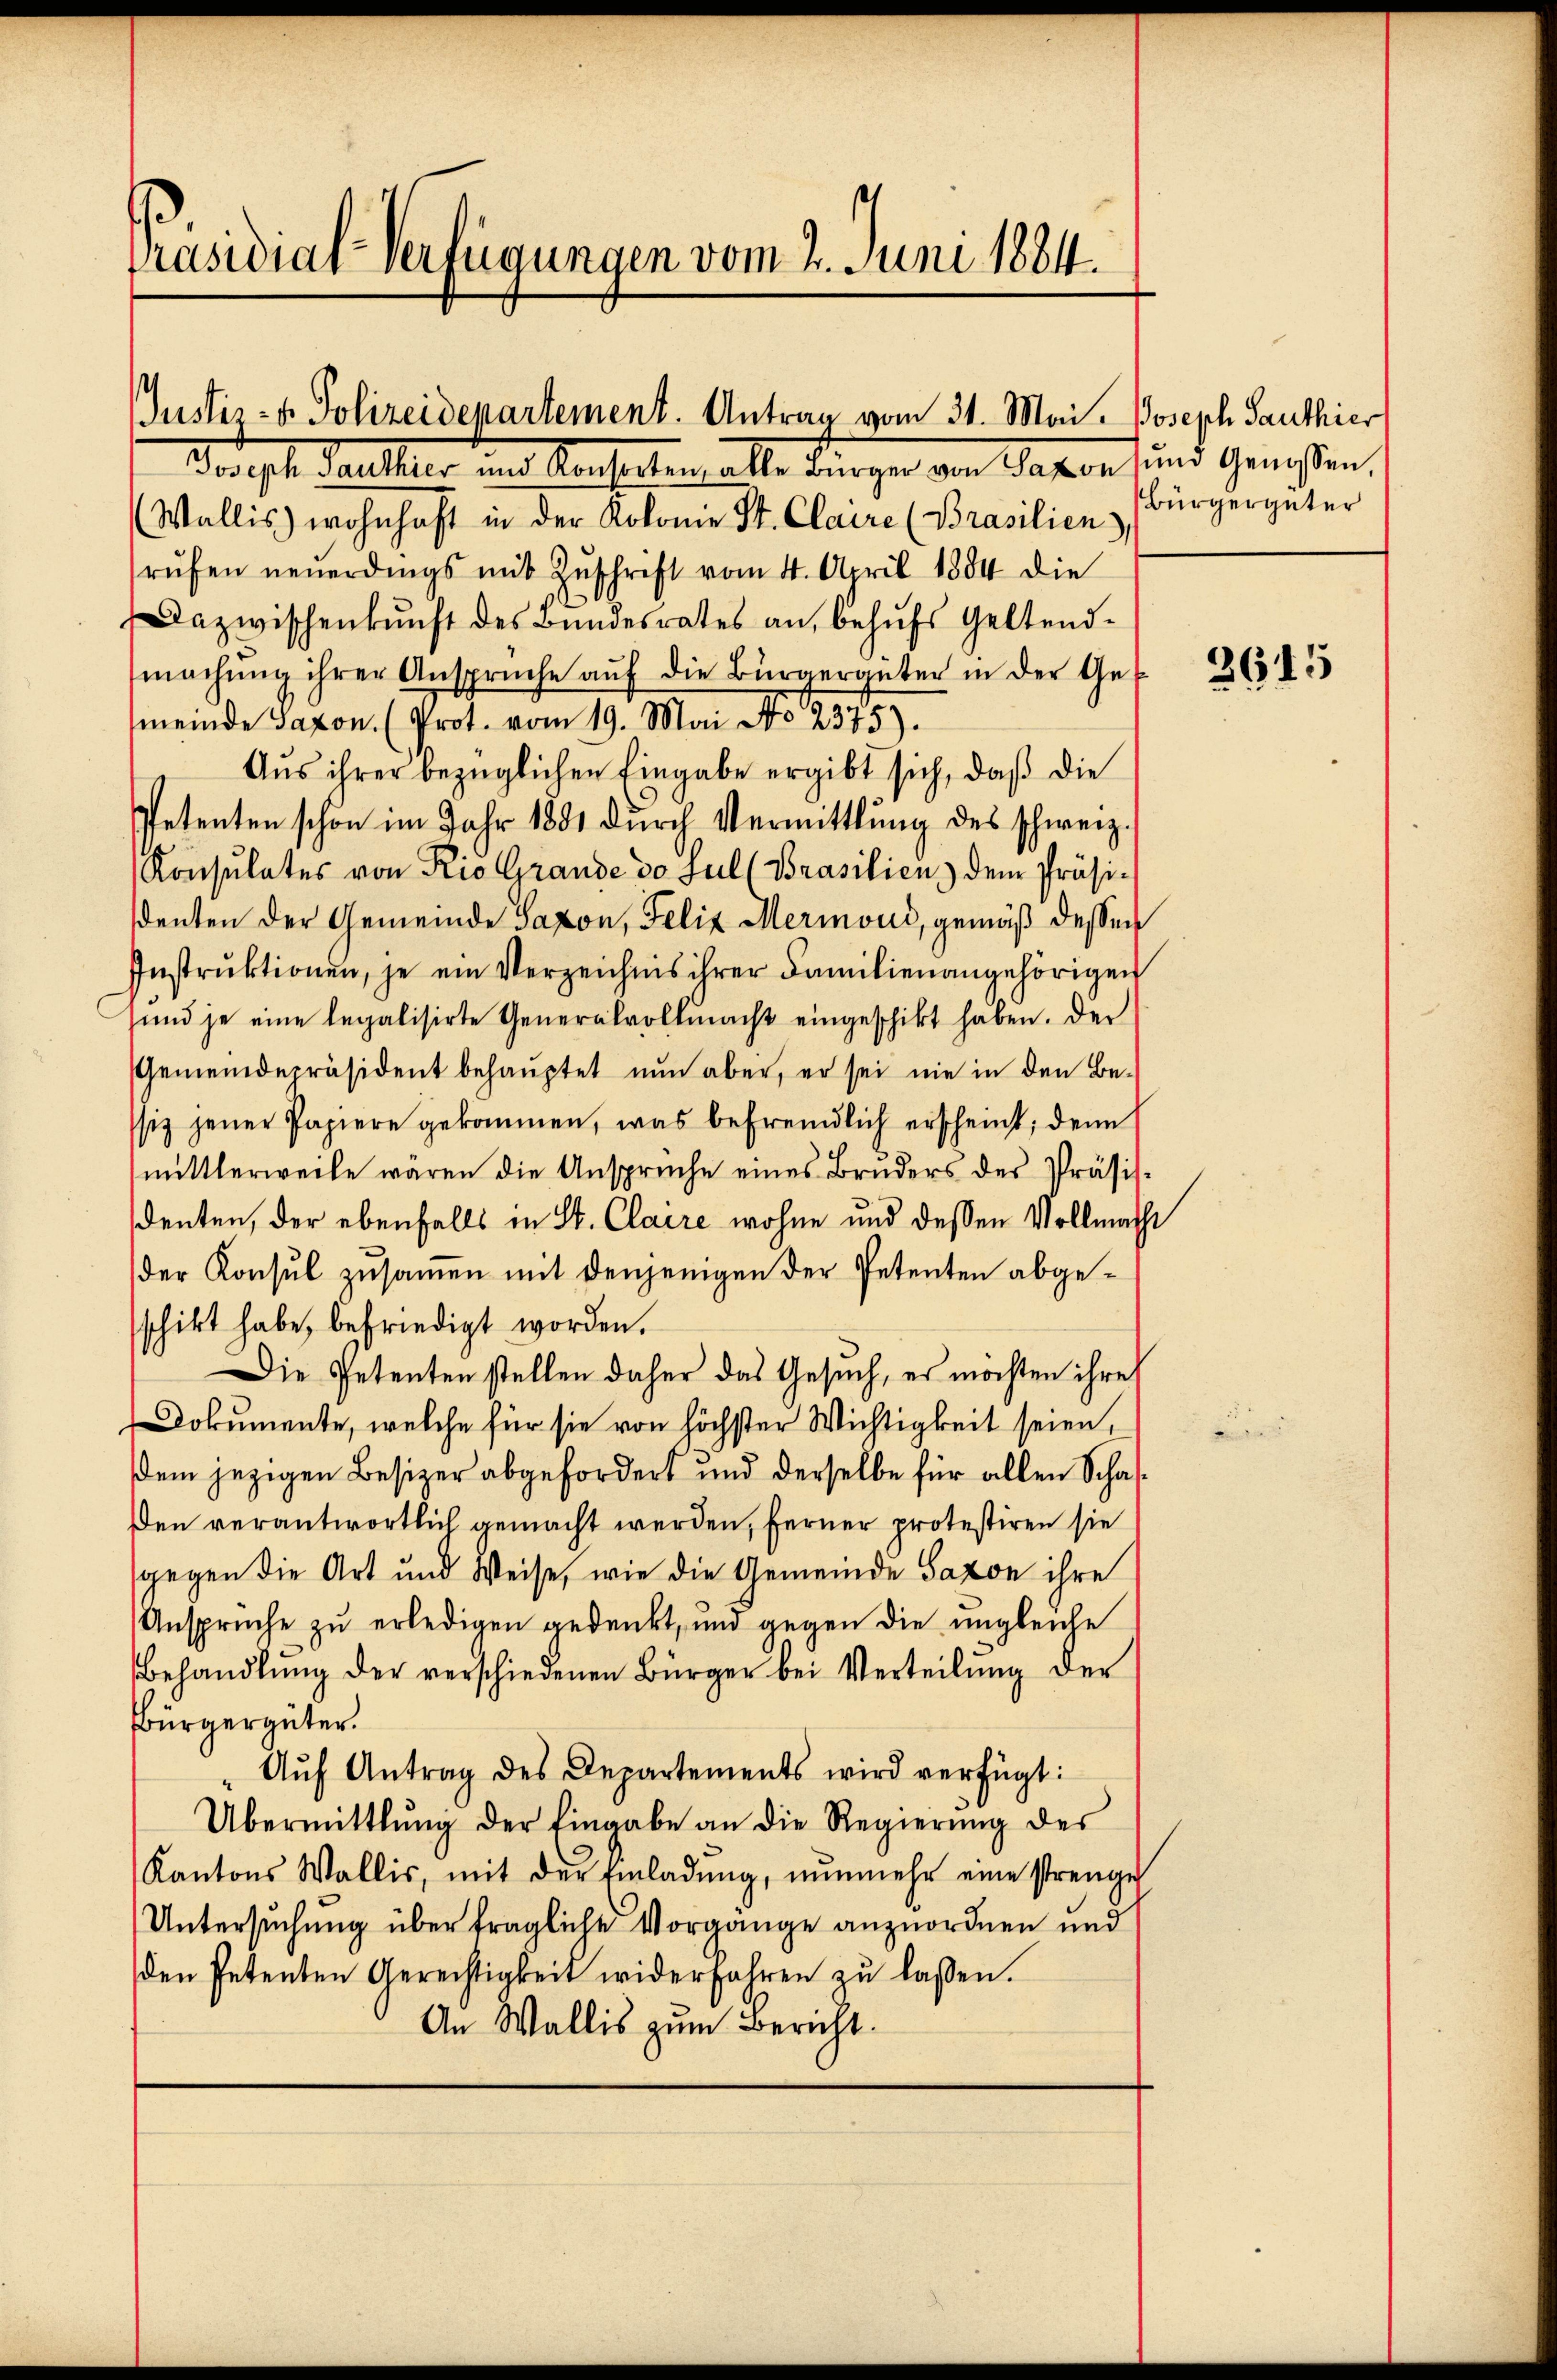
Präsidial-Verfügungen vom 2. Juni 1884.

Justiz- & Polizeidepartement. Antrag vom 31. Mai. Joseph Panthier

Joseph Faller und Kercherten alle Bürger von Paten und Genoßen,
(Wallis) wohnhaft in der Kolonie St. Claire (Brasilien),
rŭfen neŭerdings mit Zŭschrift vom 4. April 1884 die
Dazwischenkunft des Bŭndesrates an, behŭfs Geltend-
machŭng ihrer Ansprüche aŭf die Bürgergüter in der Get
meinde Saxon (Prot. vom 19. Mai No 2575).
Aus ihrer bezüglichen Eingabe ergibt sich, daß die
Petenten schon im Jahr 1881 durch Vermittlung des schweiz.
Konsulates von Rio Grande so sul (Brasilien dem Präsidenten der Gemeinde Saxon, Felix Mermond, gemäß dessen
Instrŭktionen, je ein Verzeichnis ihrer Familienangehörigen
und je eine legalisirte Generalvollmacht eingeschikt haben. Der
Gemeindepräsident behauptet nŭn aber, er sei nie in den Be-
siz jener Papiere gekommen, was befremdlich erscheint; denn
mittlerweile wären die Ansprüche eines Brŭders des Präsis-
denten, der ebenfalls in St. Claire wohne und dessen Vollmacht
der Konsul zusammen mit denjenigen der Petenten abgeschickt habe, befriedigt worden.
Die Petenten stellen daher das Gesuch, es möchten ihre
Dokumente, welche für sie von höchster Wichtigkeit seien,
dem jezigen Besizer abgefordert und derselbe für allen Schafden verantwortlich gemacht werden, ferner protestiren sie
gegen die Art und Weise, wie die Gemeinde Saxon ihre
Ansprüche zu erledigen gedenkt, und gegen die ungleiche
Behandlŭng der verschiedenen Bürger bei Verteilŭng der
Bürgergüter
" Aŭf Antrag des Departements wird verfügt:
Übermittlung der Eingabe an die Regierŭng des
Kantons Wallis, mit der Einladŭng, nŭnmehr eine strenge
Untersuchung über fragliche Vorgange anzuordnen und
den Petenten Gerechtigkeit widerfahren zŭ lassen.
An Wallis zum Bericht.

Bürgergüter

3615